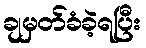
ချမှတ်ခံခဲ့ရပြီး